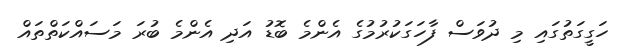
ހަގީގަތުގައި މި ދުވަސް ފާހަގަކުރުމުގެ އެންމެ ބޮޑު އަދި އެންމެ ބުރަ މަސައްކަތްތައް